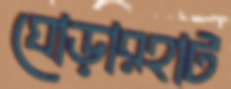
ঘোড়ারহাট